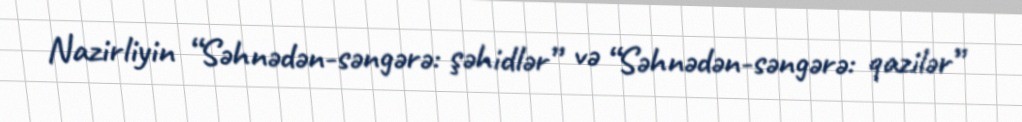
Nazirliyin “Səhnədən-səngərə: şəhidlər” və “Səhnədən-səngərə: qazilər”